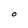
Character: O